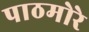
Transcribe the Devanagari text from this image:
पाठमोरे